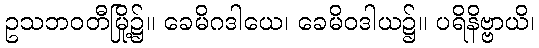
ဥသဘဝတီမြို့၌။ ခေမိဂဒါယေ၊ ခေမိဝဒါယ၌။ ပရိနိဗ္ဗာယိ၊